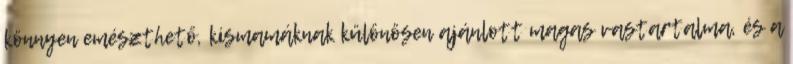
könnyen emészthető, kismamáknak különösen ajánlott magas vastartalma, és a